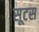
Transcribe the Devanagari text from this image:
सूटस